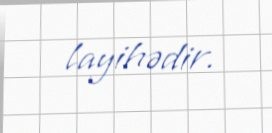
layihədir.